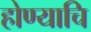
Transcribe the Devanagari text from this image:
होण्याचि